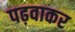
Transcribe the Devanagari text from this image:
पढ़वाकर